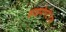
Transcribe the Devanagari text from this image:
हाइपोस्टेटस